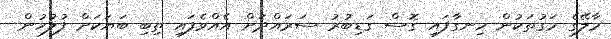
މާލޭގެ މަގުތަކުން ހިނގާފައި ގޮސް ގަޑިބުރު ސަރައްދަށް އެއްވެފައި ތިބި ބަޔަކަށް ފުލުހުން